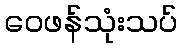
ဝေဖန်သုံးသပ်